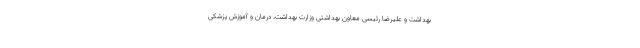
بهداشت و علیرضا رئیسی معاون بهداشتی وزارت بهداشت، درمان و آموزش پزشکی